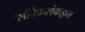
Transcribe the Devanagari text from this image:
सौंदेकरांकडून